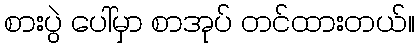
စားပွဲ ပေါ်မှာ စာအုပ် တင်ထားတယ်။